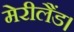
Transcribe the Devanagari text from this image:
मेरीलैंड।